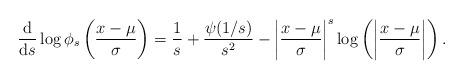
LaTeX: \begin{align*}\frac{\mathrm{d}}{\mathrm{d}s}\log\phi_s\left(\frac{x-\mu}{\sigma}\right)&=\frac{1}{s}+\frac{\psi(1/s)}{s^2}-\left|\frac{x-\mu}{\sigma} \right|^s\log\left(\left|\frac{x-\mu}{\sigma} \right|\right).\end{align*}